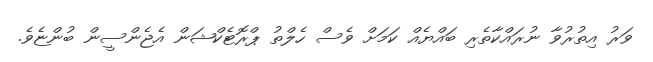
ވަރު އިތުރުވާ ނުރައްކާތެރި ބައްޔެއް ކަމަށް ވެސް ހެލްތު ޕްރޮޓެކްޝަން އެޖެންސީން ބުންޏެވެ.